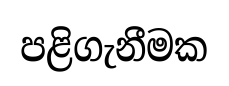
පළිගැනීමක